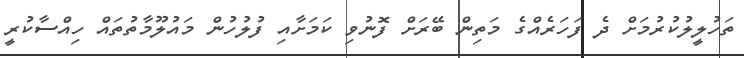
ތަހުލީލުކުރުމަށް ދެ ފަހަރެއްގެ މަތިން ބޭރަށް ފޮނުވި ކަމަށާއި ފުލުހުން މައުލޫމާތުތައް ހިއްސާކުރީ